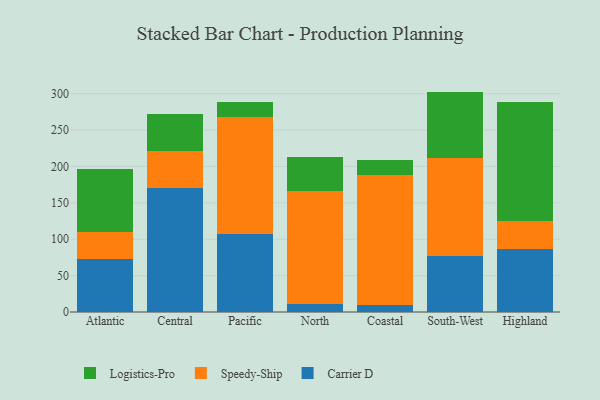
{"axis": {"x": "Region", "y": "Churn Rate (%)"}, "legend": ["Carrier D", "Logistics-Pro", "Speedy-Ship"], "data": [{"x": "Atlantic", "y": 73.4, "type": "Carrier D"}, {"x": "Atlantic", "y": 36.3, "type": "Speedy-Ship"}, {"x": "Atlantic", "y": 86.9, "type": "Logistics-Pro"}, {"x": "Central", "y": 170.9, "type": "Carrier D"}, {"x": "Central", "y": 49.7, "type": "Speedy-Ship"}, {"x": "Central", "y": 51.7, "type": "Logistics-Pro"}, {"x": "Pacific", "y": 107.3, "type": "Carrier D"}, {"x": "Pacific", "y": 161.2, "type": "Speedy-Ship"}, {"x": "Pacific", "y": 20.5, "type": "Logistics-Pro"}, {"x": "North", "y": 11.4, "type": "Carrier D"}, {"x": "North", "y": 155.2, "type": "Speedy-Ship"}, {"x": "North", "y": 46.0, "type": "Logistics-Pro"}, {"x": "Coastal", "y": 10.2, "type": "Carrier D"}, {"x": "Coastal", "y": 178.6, "type": "Speedy-Ship"}, {"x": "Coastal", "y": 20.5, "type": "Logistics-Pro"}, {"x": "South-West", "y": 77.4, "type": "Carrier D"}, {"x": "South-West", "y": 134.0, "type": "Speedy-Ship"}, {"x": "South-West", "y": 91.4, "type": "Logistics-Pro"}, {"x": "Highland", "y": 86.2, "type": "Carrier D"}, {"x": "Highland", "y": 38.2, "type": "Speedy-Ship"}, {"x": "Highland", "y": 164.7, "type": "Logistics-Pro"}]}